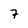
Character: 7